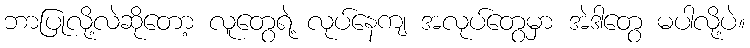
ဘာပြုလို့လဲဆိုတော့ လူတွေရဲ့ လုပ်နေကျ အလုပ်တွေမှာ အဲဒါတွေ မပါလို့ပဲ။